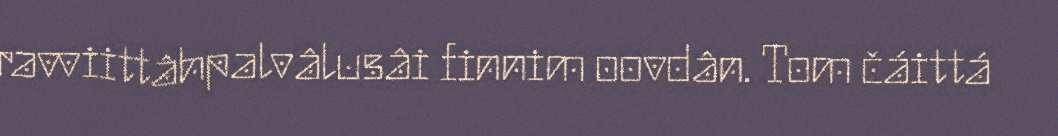
ravviittâhpalvâlusâi finnim oovdân. Tom čáittá